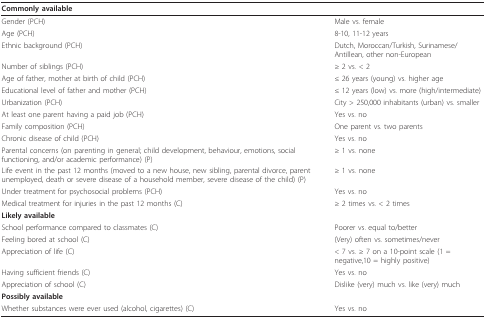
<table><thead><tr><td><b>Commonly available</b></td><td></td></tr></thead><tbody><tr><td>Gender (PCH)</td><td>Male vs. female</td></tr><tr><td>Age (PCH)</td><td>8-10, 11-12 years</td></tr><tr><td>Ethnic background (PCH)</td><td>Dutch, Moroccan/Turkish, Surinamese/Antillean, other non-European</td></tr><tr><td>Number of siblings (PCH)</td><td>≥ 2 vs. &lt; 2</td></tr><tr><td>Age of father, mother at birth of child (PCH)</td><td>≤ 26 years (young) vs. higher age</td></tr><tr><td>Educational level of father and mother (PCH)</td><td>≤ 12 years (low) vs. more (high/intermediate)</td></tr><tr><td>Urbanization (PCH)</td><td>City &gt; 250,000 inhabitants (urban) vs. smaller</td></tr><tr><td>At least one parent having a paid job (PCH)</td><td>Yes vs. no</td></tr><tr><td>Family composition (PCH)</td><td>One parent vs. two parents</td></tr><tr><td>Chronic disease of child (PCH)</td><td>Yes vs. no</td></tr><tr><td>Parental concerns (on parenting in general; child development, behaviour, emotions, social functioning, and/or academic performance) (P)</td><td>≥ 1 vs. none</td></tr><tr><td>Life event in the past 12 months (moved to a new house, new sibling, parental divorce, parent unemployed, death or severe disease of a household member, severe disease of the child) (P)</td><td>≥ 1 vs. none</td></tr><tr><td>Under treatment for psychosocial problems (PCH)</td><td>Yes vs. no</td></tr><tr><td>Medical treatment for injuries in the past 12 months (C)</td><td>≥ 2 times vs. &lt; 2 times</td></tr><tr><td><b>Likely available</b></td><td></td></tr><tr><td>School performance compared to classmates (C)</td><td>Poorer vs. equal to/better</td></tr><tr><td>Feeling bored at school (C)</td><td>(Very) often vs. sometimes/never</td></tr><tr><td>Appreciation of life (C)</td><td>&lt; 7 vs. ≥ 7 on a 10-point scale (1 = negative,10 = highly positive)</td></tr><tr><td>Having sufficient friends (C)</td><td>Yes vs. no</td></tr><tr><td>Appreciation of school (C)</td><td>Dislike (very) much vs. like (very) much</td></tr><tr><td><b>Possibly available</b></td><td></td></tr><tr><td>Whether substances were ever used (alcohol, cigarettes) (C)</td><td>Yes vs. no</td></tr></tbody></table>